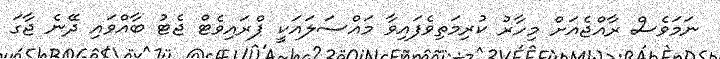
ނަމަވެސް ރާއްޖެއަށް މިހާރު ކުރިމަތިވެފައިވާ މައްސަލައަކީ ޕްރައިވެޓް ޖެޓު ބާއްވައި ދޭނެ ޖާގަ